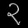
Digit: ၃